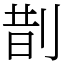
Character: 剒